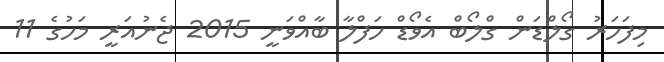
މިފަހަރު ގޯލްޑަން ގްލޯބް އެވޯޑް ހަފްލާ ބާއްވަނީ 2015 ޖެނުއަރީ މަހުގެ 11